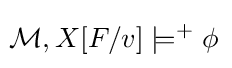
\!{\mathcal {M}},X[F/v]\models ^{+}\phi